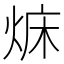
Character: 𤉜